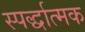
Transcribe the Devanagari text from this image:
स्पर्द्धात्मक